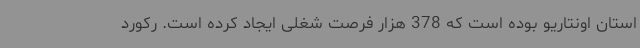
استان اونتاریو بوده است که 378 هزار فرصت شغلی ایجاد کرده است. رکورد